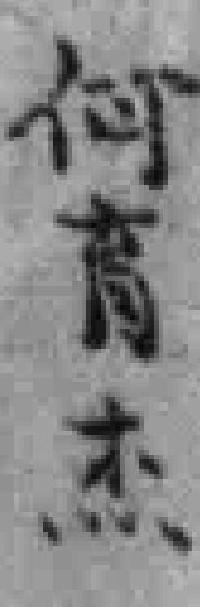
何育杰